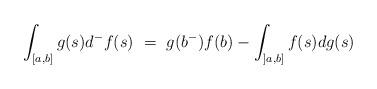
LaTeX: \begin{align*}\int_{[a,b]} g(s) d^-f(s) \ = \ g(b^-) f(b) - \int_{]a,b]} f(s) dg(s)\end{align*}